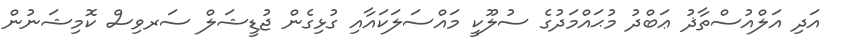
އަދި އަލްއުސްތާޛު ޢަބްދު މުޙައްމަދުގެ ސުލޫކީ މައްސަލަކައާއި ގުޅިގެން ޖުޑީޝަލް ސަރވިސް ކޮމިޝަނުން